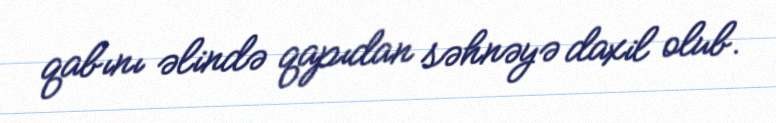
qabını əlində qapıdan səhnəyə daxil olub.